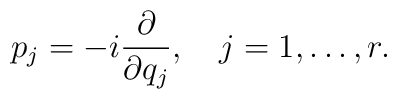
p_j=-i{\partial\over{\partial q_j}}, \quad j=1,\ldots,r.